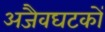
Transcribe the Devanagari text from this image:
अजैवघटकों